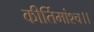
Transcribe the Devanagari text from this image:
कीर्तिमांश्च।।